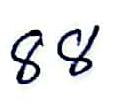
88